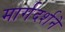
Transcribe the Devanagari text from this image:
मार्गदर्शने